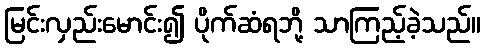
မြင်းလှည်းမောင်း၍ ပိုက်ဆံရဘို့ သာကြည့်ခဲ့သည်။